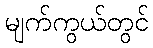
မျက်ကွယ်တွင်